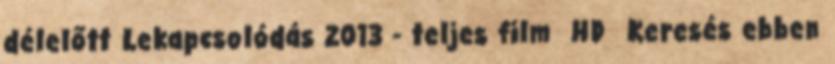
délelőtt Lekapcsolódás 2013 - teljes film HD Keresés ebben